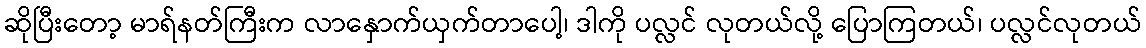
ဆိုပြီးတော့ မာရ်နတ်ကြီးက လာနှောက်ယှက်တာပေါ့၊ ဒါကို ပလ္လင် လုတယ်လို့ ပြောကြတယ်၊ ပလ္လင်လုတယ်